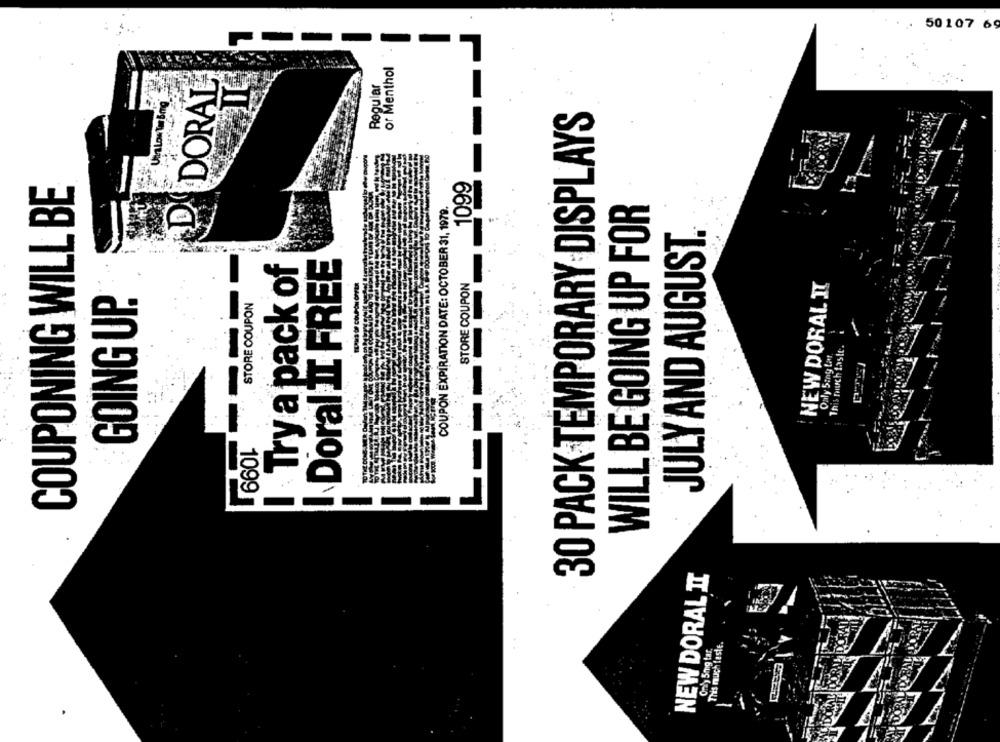
50107 65
or Menthol
ADDORAL
Regular
Unn Low Tu Borg
30 PACK TEMPORARY DISPLAYS
COUPONING WILL BE
1099
COUPON EXPIRATION DATE: OCTOBER 31, 1979.
WILL BE GOING UP FOR
JULY AND AUGUST.
Doral II FREE
! Try a pack of
STORE COUPON
NEW DORAL IT
GOING UP.
STORE COUPON
This much 1aste.
Oaly Sing Lar
NEW DORAL IT
This much taste.
Oraly 5mg tar